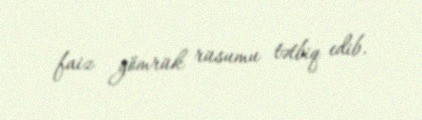
faiz gömrük rüsumu tətbiq edib.